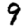
Digit: 9